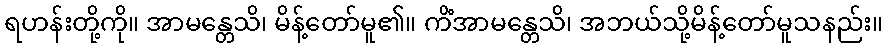
ရဟန်းတို့ကို။ အာမန္တေသိ၊ မိန့်တော်မူ၏။ ကိံအာမန္တေသိ၊ အဘယ်သို့မိန့်တော်မူသနည်း။